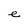
Character: e